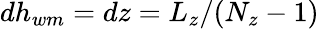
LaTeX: dh_{wm}=dz=L_{z}/(N_{z}-1)